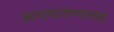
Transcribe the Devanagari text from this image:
अभयारंण्याच्या